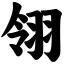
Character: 翎